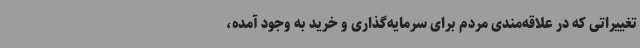
تغییراتی که در علاقه‌مندی مردم برای سرمایه‌گذاری و خرید به وجود آمده،